Indian journal of veterinary science and animal husbandry - Volumes 24-25, 1954-1955
Year: 1954
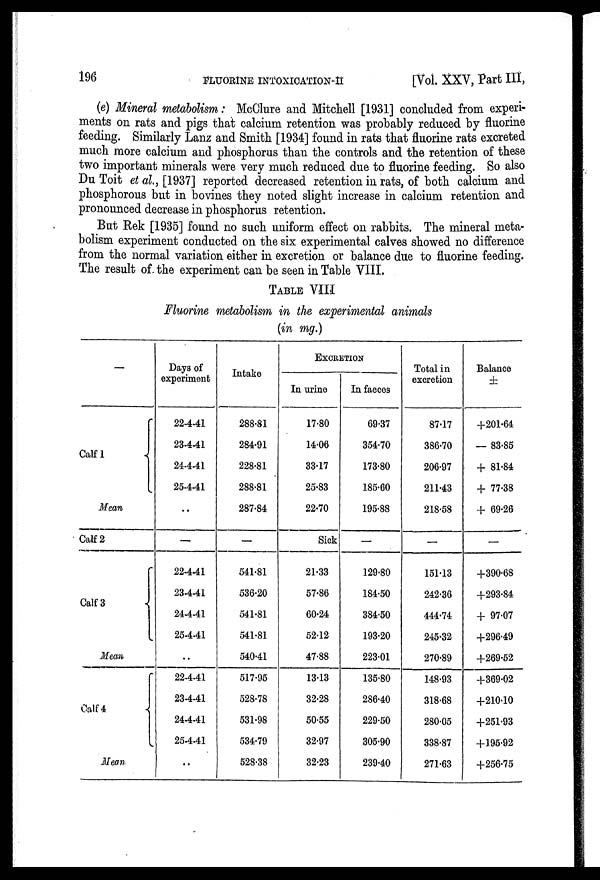
196
FLUORINE
INTOXICATION-II
[Vol. XXV, Part III,
(e) Mineral metabolism: McClure and Mitchell [1931] concluded from experi-
ments on rats and pigs that calcium retention was probably reduced by fluorine
feeding. Similarly Lanz and Smith [1934] found in rats that fluorine rats excreted
much more calcium and phosphorus than the controls and the retention of these
two important minerals were very much reduced due to fluorine feeding. So also
Du Toit et al., [1937] reported decreased retention in rats, of both calcium and
phosphorous but in bovines they noted slight increase in calcium retention and
pronounced decrease in phosphorus retention.
But Rek [1935] found no such uniform effect on rabbits. The mineral meta-
bolism experiment conducted on the six experimental calves showed no difference
from the normal variation either in excretion or balance due to fluorine feeding.
The result of the experiment can be seen in Table VIII.
TABLE VIII
Fluorine metabolism in the experimental animals
(in mg.)
—
Calf
1
Mean
Calf 2
Calf 3
Mean
Calf 4
Mean
Days of
experiment
22-4-41
23-4-41
24-4-41
25-4-41
..
—
22-4-41
23-4-41
24-4-41
25-4-41
..
22-4-41
23-4-41
24-4-41
25-4-41
..
Intake
288.81
284.91
228.81
288.81
287.84
—
541.81
536.20
541.81
541.81
540.41
517.95
528.78
531.98
534.79
528.38
EXCRETION
In urine
17.80
14.06
33.17
25.83
22.70
Sick
21.33
57.86
60.24
52.12
47.88
13.13
32.28
50.55
32.97
32.23
In faeces
69.37
354.70
173.80
185.60
195.88
—
129.80
184.50
384.50
193.20
223.01
135.80
286.40
229.50
305.90
239.40
Total in
excretion
87.17
386.70
206.97
211.43
218.58
—
151.13
242.36
444.74
245.32
270.89
148.93
318.68
280.05
338.87
271.63
Balance
±
+201.64
— 83.85
+81.84
+77.38
+69.26
—
+390.68
+293.84
+97.07
+296.49
+269.52
+369.02
+210.10
+251.93
+195.92
+256.75